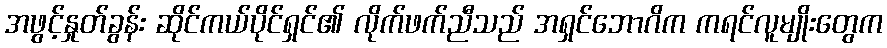
အဖွင့်နှုတ်ခွန်း ဆိုင်ကယ်ပိုင်ရှင်၏ လိုက်ဖက်ညီသည် အရှင်ဘောဂိက ကရင်လူမျိုးတွေက